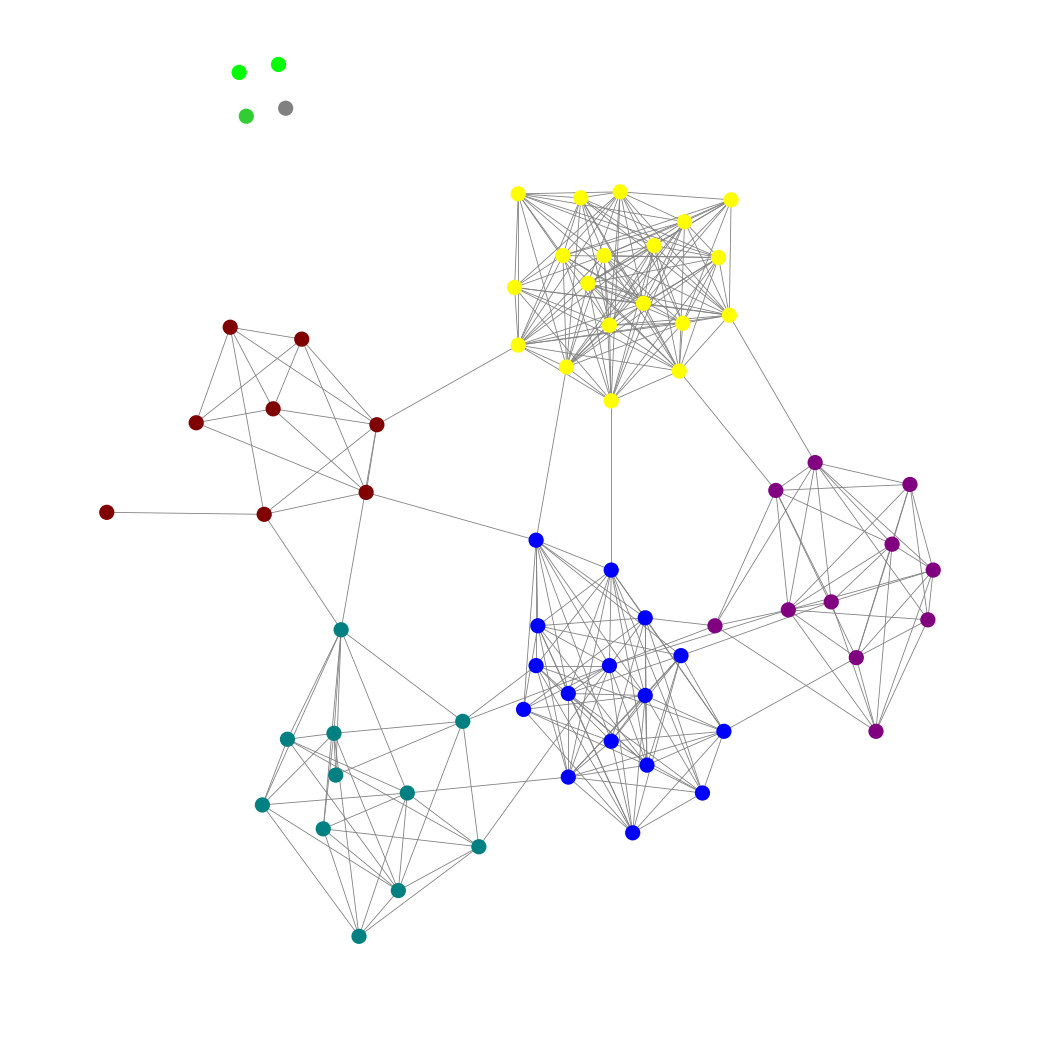
Graph connected: No
Number of connected components: 5
Number of singletons: 4
Total number of nodes: 69
Total number of edges: 316
Number of communities: 8
Community sizes:
Blue: 16
Gray: 1
Lime: 2
Lime Green: 1
Maroon: 8
Purple: 11
Teal: 11
Yellow: 19
Graph layout: tda
Graph generation method: erdos_renyi